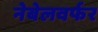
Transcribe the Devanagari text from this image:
नेबेलवर्फर